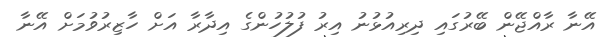
އޭނާ ރާއްޖޭން ބޭރުގައި ދިރިއުޅުނު އިރު ފުލުހުންގެ އިދާރާ އަށް ހާޒިރުވުމަށް އޭނާ